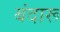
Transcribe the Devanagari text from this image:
बंदारू